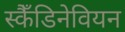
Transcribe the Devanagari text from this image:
स्कैँडिनेवियन